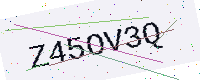
Text: Z45OV3Q